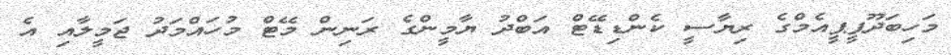
މަހިބަދޫޕީޕީއެމްގެ ރިޔާސީ ކެންޑިޑޭޓް އަބްދު ޔާމީންގެ ރަނިން މޭޓް މުހައްމަދު ޖަމީލާއި އެ